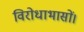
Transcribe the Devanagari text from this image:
विरोधाभासों।